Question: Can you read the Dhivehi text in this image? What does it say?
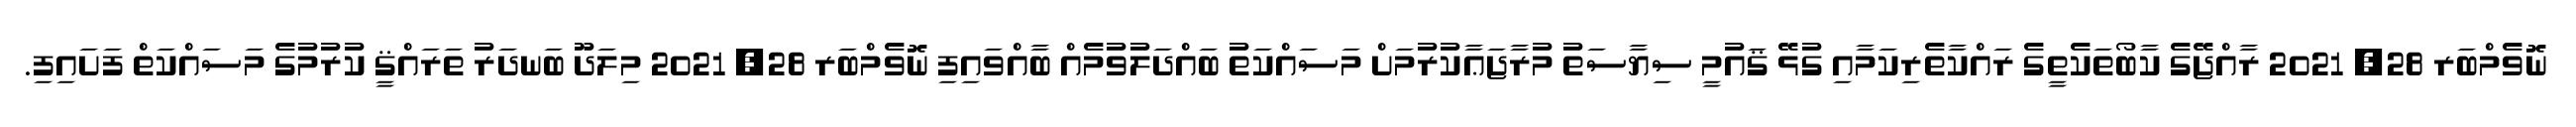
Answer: ނޮވެމްބަރ 28, 2021 ރާއްޖޭގެ ކާބޯތަކެތީގެ ރައްކާތެރިކަމާއި ގުޅޭ ޤައުމީ ސިޔާސަތު މުރާޖަޢާކުރުމަށް މަސައްކަތު ބައްދަލުވުމެއް ބާއްވައިފި ނޮވެމްބަރ 28, 2021 މިލަދޫ ބަނދަރު ތަރައްޤީ ކުރުމުގެ މަސައްކަތް ފަށައިފި.